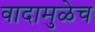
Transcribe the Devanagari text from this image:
वादामुळेच